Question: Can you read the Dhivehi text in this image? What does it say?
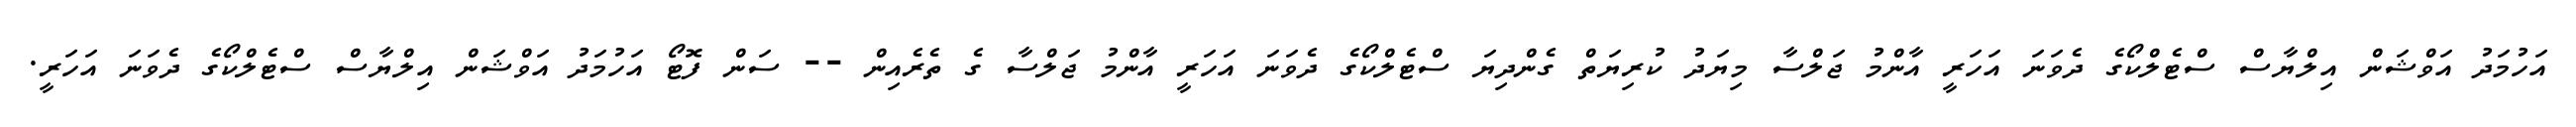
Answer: އަހުމަދު އަވްޝަން އިލްޔާސް ސްޓެލްކޯގެ ދެވަނަ އަހަރީ އާންމު ޖަލްސާ މިޔަދު ކުރިޔަތް ގެންދިޔަ ސްޓެލްކޯގެ ދެވަނަ އަހަރީ އާންމު ޖަލްސާ ގެ ތެރެއިން -- ސަން ފޮޓޯ އަހުމަދު އަވްޝަން އިލްޔާސް ސްޓެލްކޯގެ ދެވަނަ އަހަރީ.